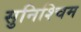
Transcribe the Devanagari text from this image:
सुनिश्चिम